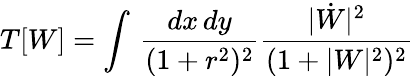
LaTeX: T[W]=\int\, \frac{dx\, dy}{(1+r^{2})^{2}}\frac{|\dot{W}|^{2}}{(1+|W|^{2})^{2}}